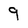
Character: 9